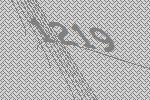
1219